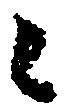
々